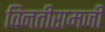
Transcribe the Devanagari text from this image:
विनतीरामजी